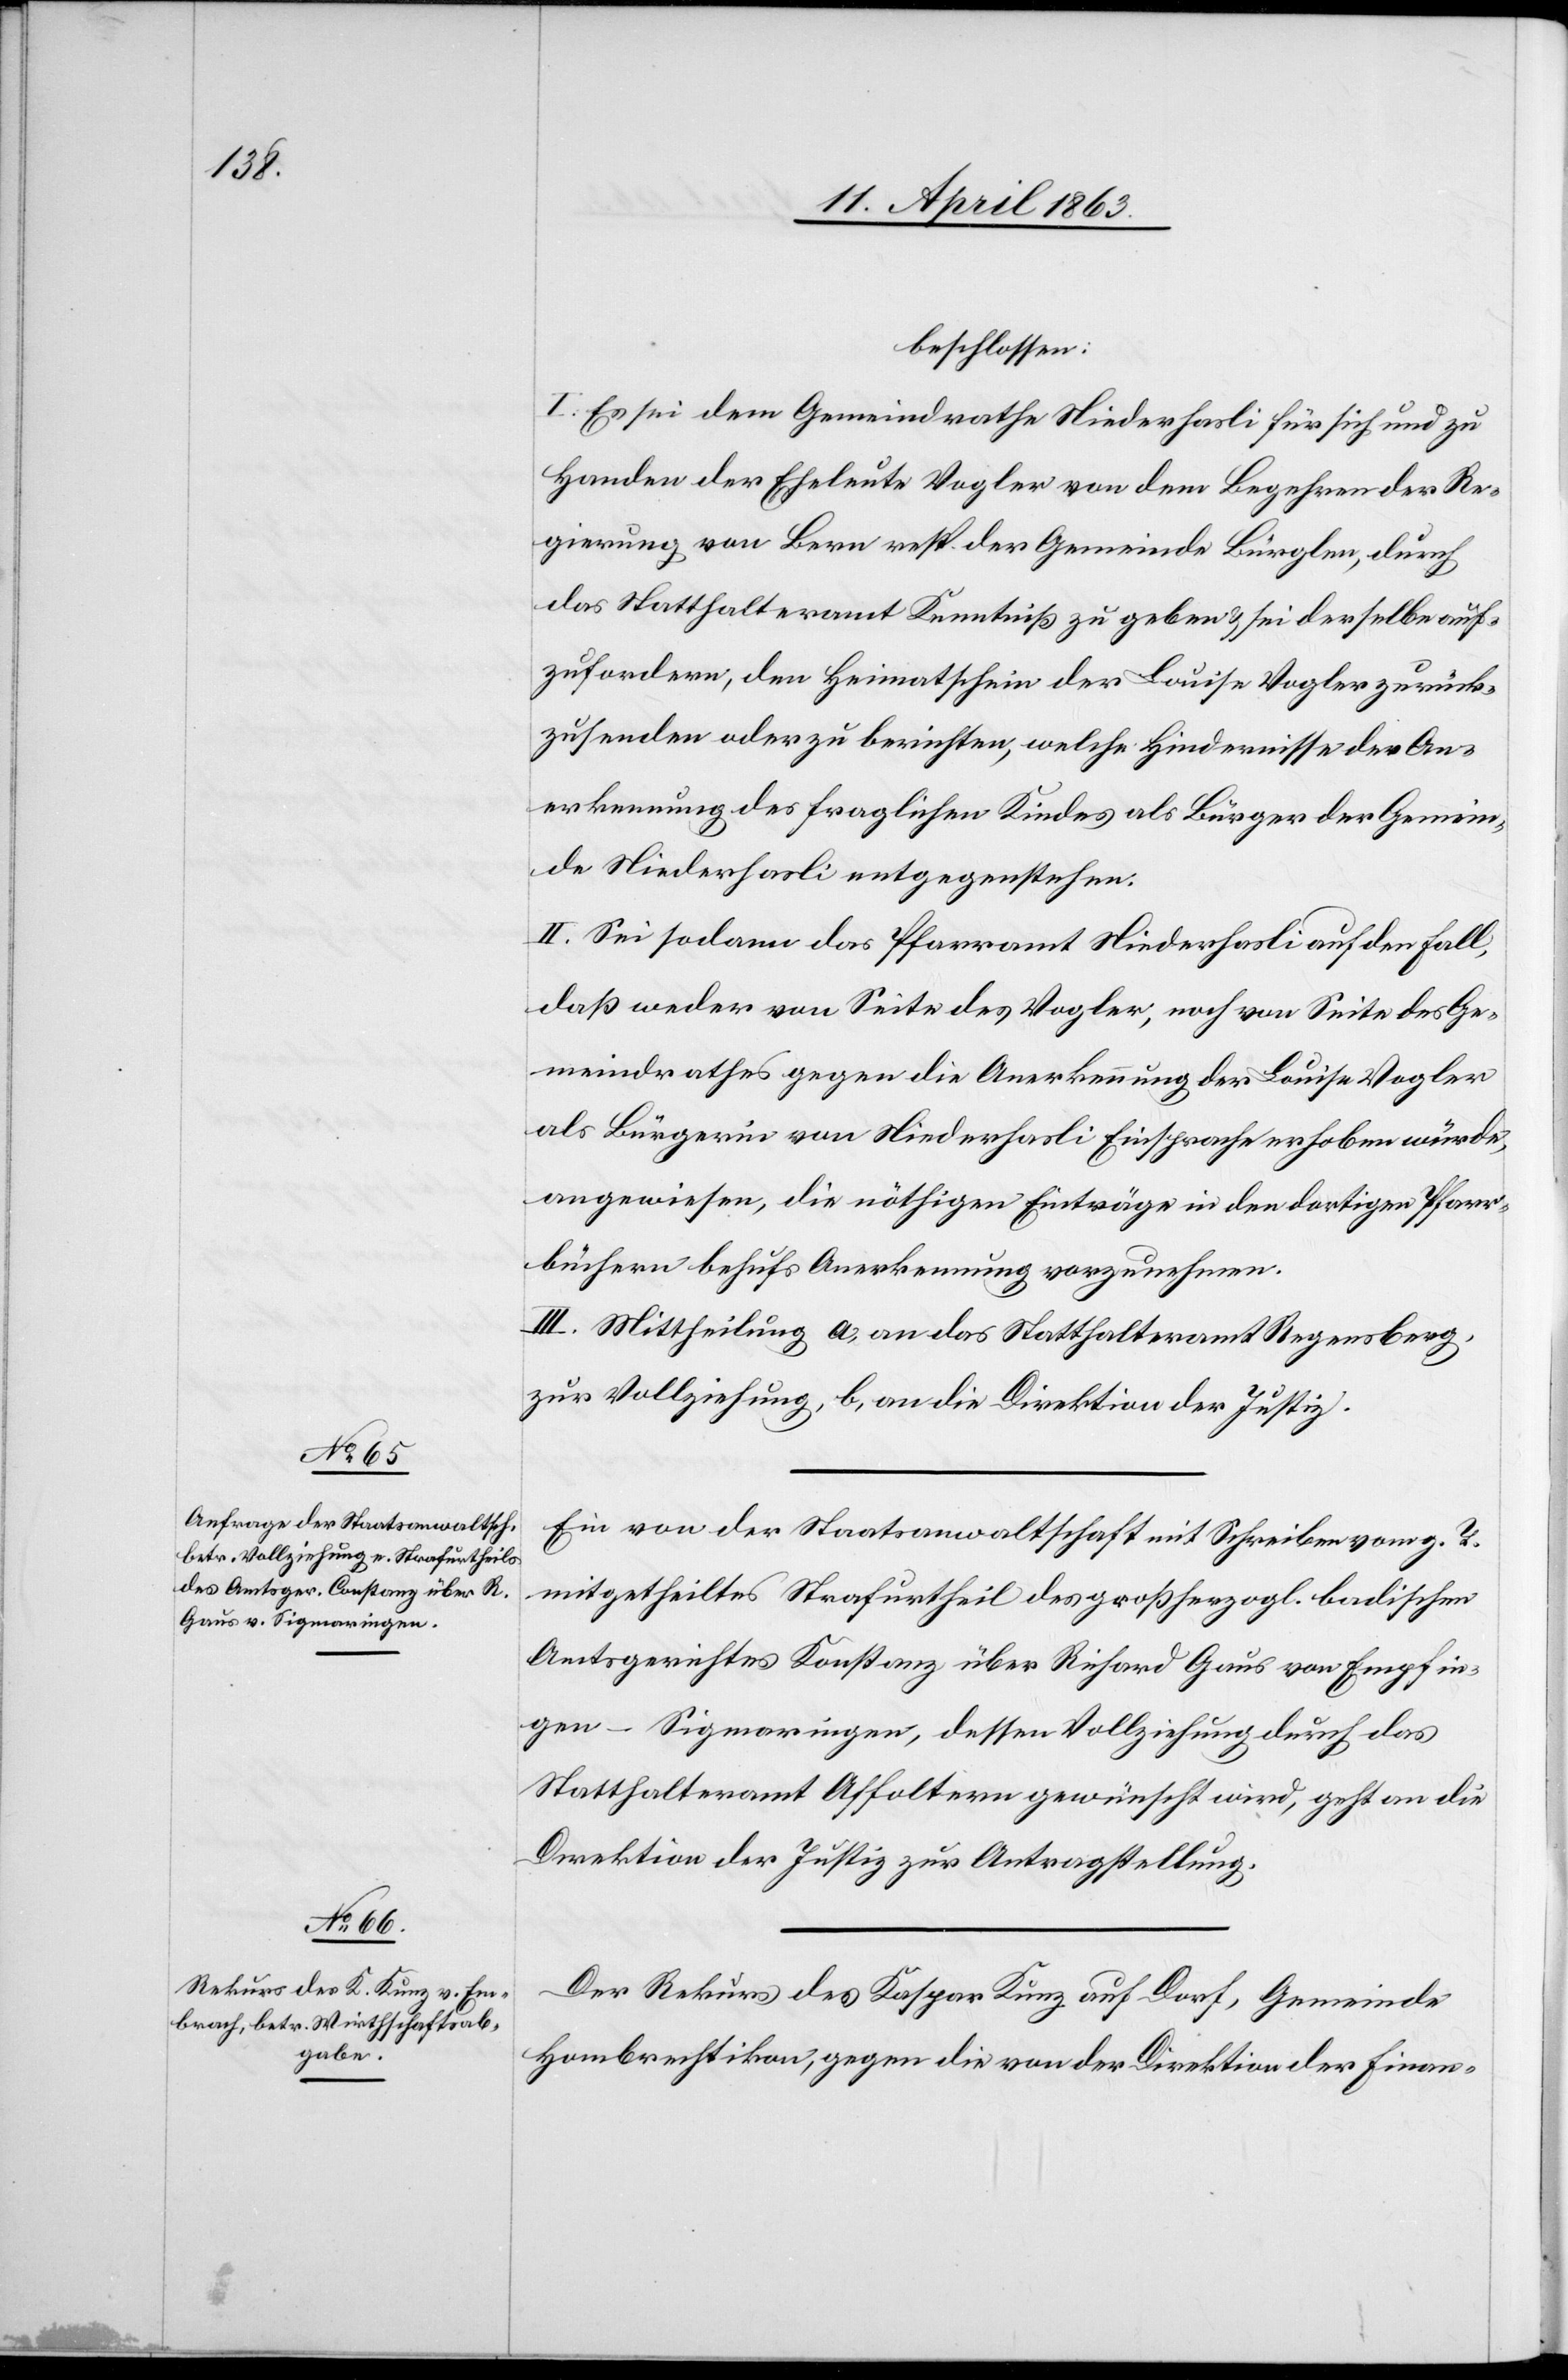
11. April 1863.]
beschlossen:
I. Es sei dem Gemeindrathe Niederhasli für sich und zu
Handen der Eheleute Vogler von dem Begehren der Re¬
gierung von Bern resp. der Gemeinde Bürglen, durch
das Statthalteramt Kenntniß zu geben & sei der selbe auf¬
zufordern, den Heimatschein der Louise Vogler zurück¬
zusenden oder zu berichten, welche Hindernisse der An¬
erkennung des fraglichen Kindes als Bürger der Gemein¬
de Niederhasli entgegenstehen.
II. Sei sodann das Pfarramt Niederhasli auf den Fall,
daß weder von Seite des Vogler, noch von Seite des Ge¬
meindrathes gegen die Anerkennung der Louise Vogler
als Bürgerin von Niederhasli Einsprache erhoben würde,
angewiesen, die nöthigen Einträge in den dortigen Pfarr¬
büchern behufs Anerkennung vorzunehmen.
III. Mittheilung a) an das Statthalteramt Regensberg,
zur Vollziehung, b) an die Direktion der Justiz.
Ein von der Staatsanwaltschaft mit Schreiben vom g. T.
mitgetheiltes Strafurtheil des großherzogl. badischen
Amtsgerichtes Konstanz über Richard Gaus von Empfin¬
gen – Sigmaringen, dessen Vollziehung durch das
Statthalteramt Affoltern gewünscht wird, geht an die
Direktion der Justiz zur Antragstellung.
Der Rekurs des Kaspar Kunz auf Dorf, Gemeinde
Hombrechtikon, [sic!] gegen die von der Direktion der Finan-